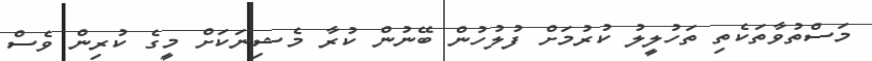
މަސްތުވާތަކެތި ތަހުލީލު ކުރުމަށް ފުލުހުން ބޭނުން ކުރާ މެޝިނަކަށް މީގެ ކުރިން ވެސް